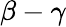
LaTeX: \beta-\gamma